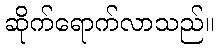
ဆိုက်ရောက်လာသည်။